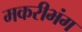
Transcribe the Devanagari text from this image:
मकरीभंग